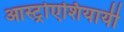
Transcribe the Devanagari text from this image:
आस्ट्रोएशियायी